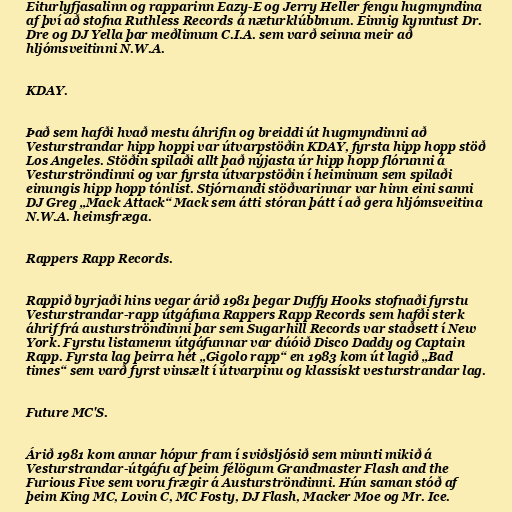
Eiturlyfjasalinn og rapparinn Eazy-E og Jerry Heller fengu hugmyndina
af því að stofna Ruthless Records á næturklúbbnum. Einnig kynntust Dr.
Dre og DJ Yella þar meðlimum C.I.A. sem varð seinna meir að
hljómsveitinni N.W.A.

KDAY.

Það sem hafði hvað mestu áhrifin og breiddi út hugmyndinni að
Vesturstrandar hipp hoppi var útvarpstöðin KDAY, fyrsta hipp hopp stöð
Los Angeles. Stöðin spilaði allt það nýjasta úr hipp hopp flórunni á
Vesturströndinni og var fyrsta útvarpstöðin í heiminum sem spilaði
einungis hipp hopp tónlist. Stjórnandi stöðvarinnar var hinn eini sanni
DJ Greg „Mack Attack“ Mack sem átti stóran þátt í að gera hljómsveitina
N.W.A. heimsfræga.

Rappers Rapp Records.

Rappið byrjaði hins vegar árið 1981 þegar Duffy Hooks stofnaði fyrstu
Vesturstrandar-rapp útgáfuna Rappers Rapp Records sem hafði sterk
áhrif frá austurströndinni þar sem Sugarhill Records var staðsett í New
York. Fyrstu listamenn útgáfunnar var dúóið Disco Daddy og Captain
Rapp. Fyrsta lag þeirra hét „Gigolo rapp“ en 1983 kom út lagið „Bad
times“ sem varð fyrst vinsælt í útvarpinu og klassískt vesturstrandar lag.

Future MC'S.

Árið 1981 kom annar hópur fram í sviðsljósið sem minnti mikið á
Vesturstrandar-útgáfu af þeim félögum Grandmaster Flash and the
Furious Five sem voru frægir á Austurströndinni. Hún saman stóð af
þeim King MC, Lovin C, MC Fosty, DJ Flash, Macker Moe og Mr. Ice.